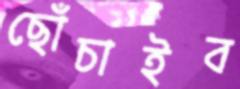
ছোঁচাইব